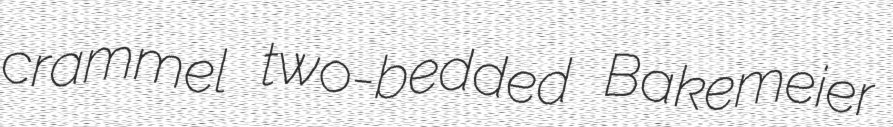
crammel two-bedded Bakemeier